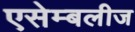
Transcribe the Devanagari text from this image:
एसेम्बलीज